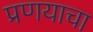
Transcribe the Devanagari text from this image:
प्रणयाचा